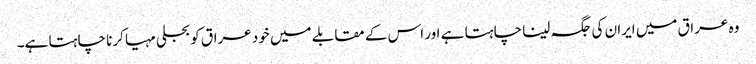
وہ عراق میں ایران کی جگہ لینا چاہتا ہے اور اس کے مقابلے میں خود عراق کو بجلی مہیا کرنا چاہتا ہے۔